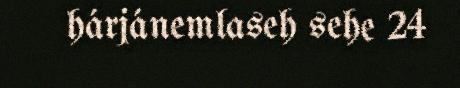
hárjánemlaseh sehe 24